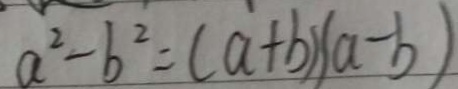
a ^ { 2 } - b ^ { 2 } = ( a + b ) ( a - b )